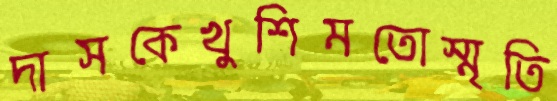
দাসকেখুশিমতোস্মৃতি